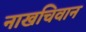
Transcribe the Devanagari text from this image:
नाखचिवान